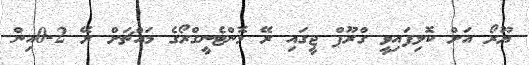
ޔޫރޯ އަށް ކޮލިފައިވީ ގްރޫޕް ޖީގައި ރޭ މޮންޓެނީގްރޯގެ މައްޗަށް ރޭ 2-0އިން